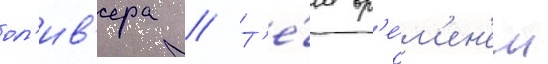
ол'ив'ера // Т'е́м вр'е́м'ен'ем